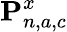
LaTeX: \textbf{P}_{n,a,c}^{x}